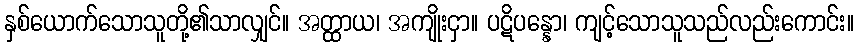
နှစ်ယောက်သောသူတို့၏သာလျှင်။ အတ္ထာယ၊ အကျိုးငှာ။ ပဋိပန္နော၊ ကျင့်သောသူသည်လည်းကောင်း။